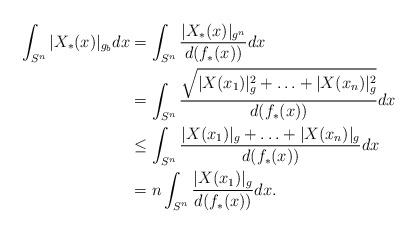
LaTeX: \begin{align*}\int_{S^n}|X_*(x)|_{g_b} dx &= \int_{S^n} \frac{|X_*(x)|_{g^n}}{d(f_*(x))}dx\\&=\int_{S^n} \frac{\sqrt{|X(x_1)|^2_g+\ldots+|X(x_n)|^2_g}}{d(f_*(x))}dx\\& \leq \int_{S^n} \frac{|X(x_1)|_g+\ldots+|X(x_n)|_g}{d(f_*(x))}dx\\& = n \int_{S^n} \frac{|X(x_1)|_g}{d(f_*(x))}dx.\\\end{align*}